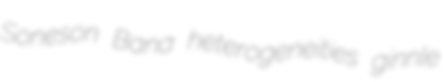
Soneson Bana heterogeneities ginnle